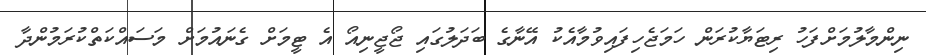
ނިންމާލުމަށްފަހު ރިޓަޔާކުރަން ހަމަޖެހިފައިވުމާއެކު އޭނާގެ ބަދަލުގައި ޖޯޖީނިއޯ އެ ޓީމަށް ގެނައުމަށް މަސައްކަތްކުރަމުންދާ